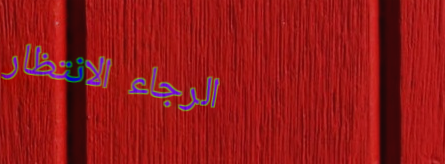
الرجاء الانتظار